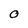
Character: O